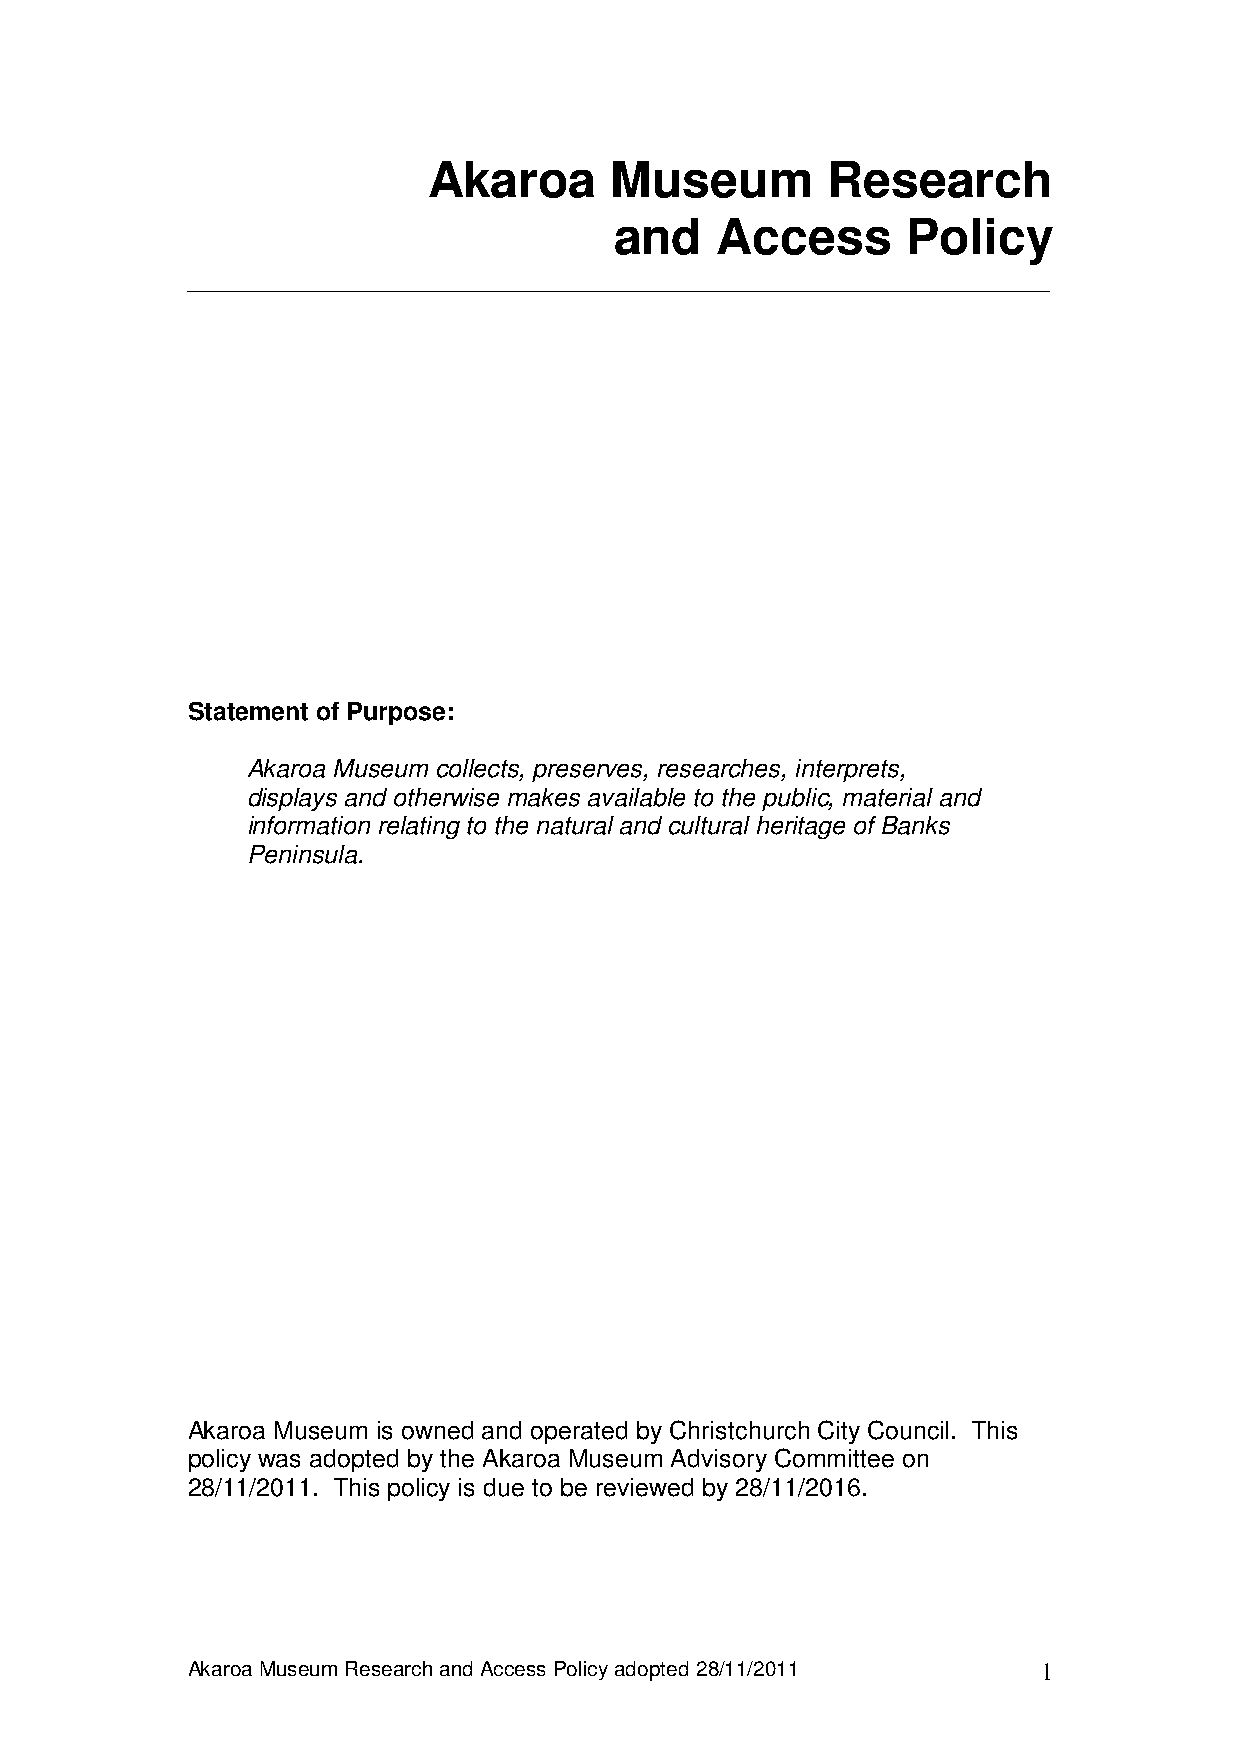
Akaroa      Museum         Research
 and   Access       Policy
 ______________________________________________________________
 Statement of Purpose:
 Akaroa Museum collects, preserves, researches, interprets,
 displays and otherwise makes available to the public, material and
 information relating to the natural and cultural heritage of Banks
 Peninsula.
 Akaroa Museum is owned and operated by Christchurch City Council. This
 policy was adopted by the Akaroa Museum Advisory Committee on
 28/11/2011. This policy is due to be reviewed by 28/11/2016.
 Akaroa Museum Research and Access Policy adopted 28/11/2011 1